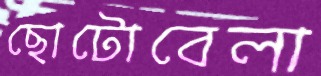
ছোটোবেলা